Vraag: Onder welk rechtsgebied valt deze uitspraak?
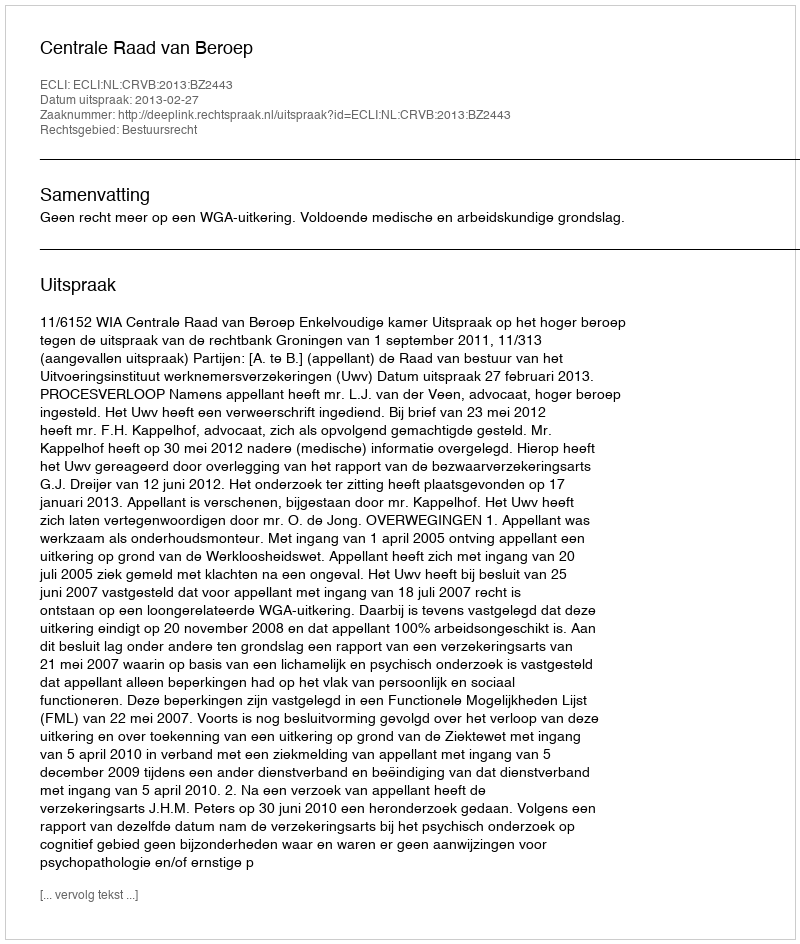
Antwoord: Bestuursrecht